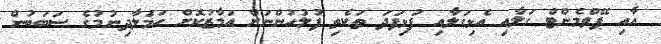
އާއި ޕޭވްމެންޓް ގަލާއި އެޅިގަލާއި ފުޅިފަދަ ތަކެތި ފުލުހުންނަށް އަމާޒުކޮށް ހަމަލާދިނުމުގެ ސަބަބުން